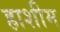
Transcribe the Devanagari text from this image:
हाशीम